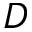
D